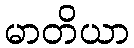
မာတိယာ